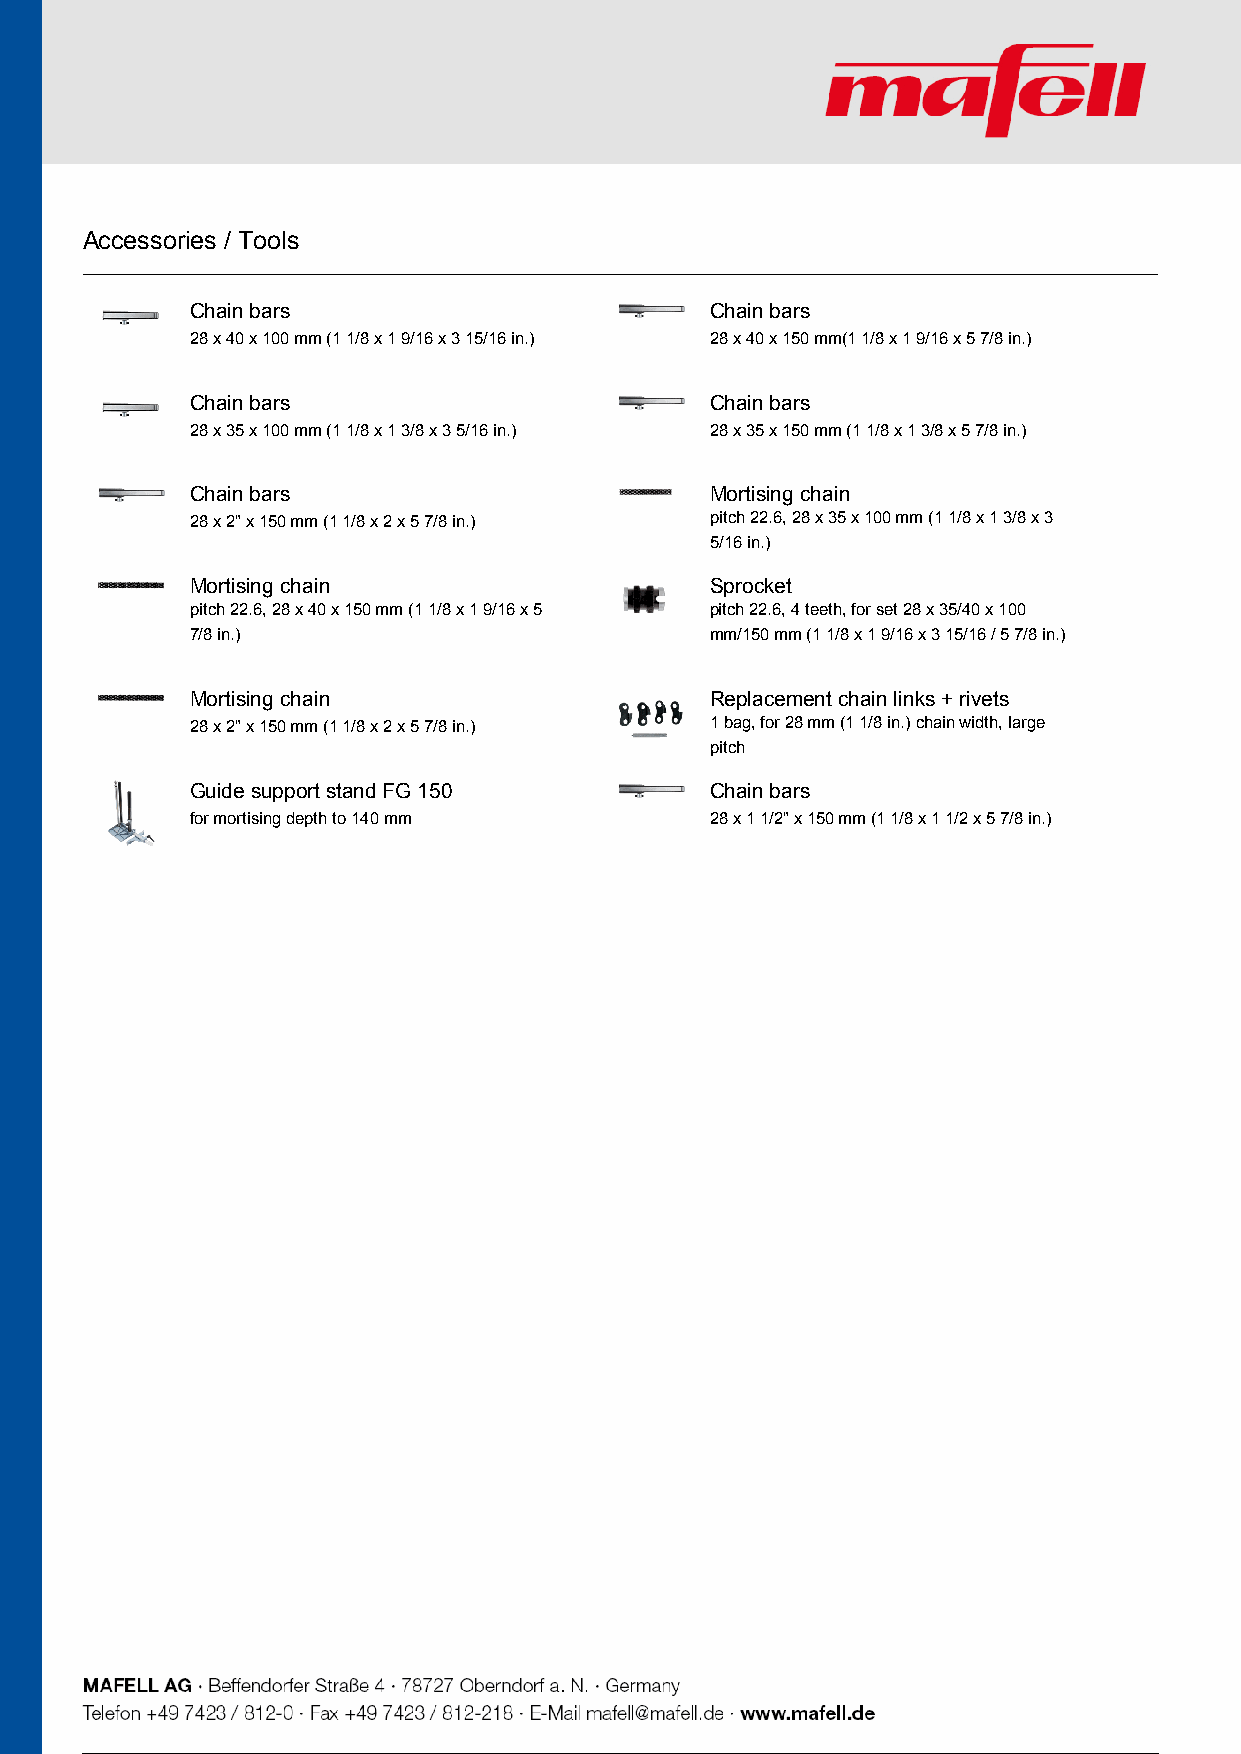
Accessories / Tools
 Chain bars                        Chain bars
 28 x 40 x 100 mm (1 1/8 x 1 9/16 x 3 15/16 in.) 28 x 40 x 150 mm(1 1/8 x 1 9/16 x 5 7/8 in.)
 Chain bars                        Chain bars
 28 x 35 x 100 mm (1 1/8 x 1 3/8 x 3 5/16 in.) 28 x 35 x 150 mm (1 1/8 x 1 3/8 x 5 7/8 in.)
 Chain bars                        Mortising chain
 28 x 2" x 150 mm (1 1/8 x 2 x 5 7/8 in.) pitch 22.6, 28 x 35 x 100 mm (1 1/8 x 1 3/8 x 3
 5/16 in.)
 Mortising chain                   Sprocket
 pitch 22.6, 28 x 40 x 150 mm (1 1/8 x 1 9/16 x 5 pitch 22.6, 4 teeth, for set 28 x 35/40 x 100
 7/8 in.)                          mm/150 mm (1 1/8 x 1 9/16 x 3 15/16 / 5 7/8 in.)
 Mortising chain                   Replacement chain links + rivets
 28 x 2" x 150 mm (1 1/8 x 2 x 5 7/8 in.) 1 bag, for 28 mm (1 1/8 in.) chain width, large
 pitch
 Guide support stand FG 150        Chain bars
 for mortising depth to 140 mm     28 x 1 1/2" x 150 mm (1 1/8 x 1 1/2 x 5 7/8 in.)
 4 / 5